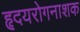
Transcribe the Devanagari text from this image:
हृदयरोगनाशक